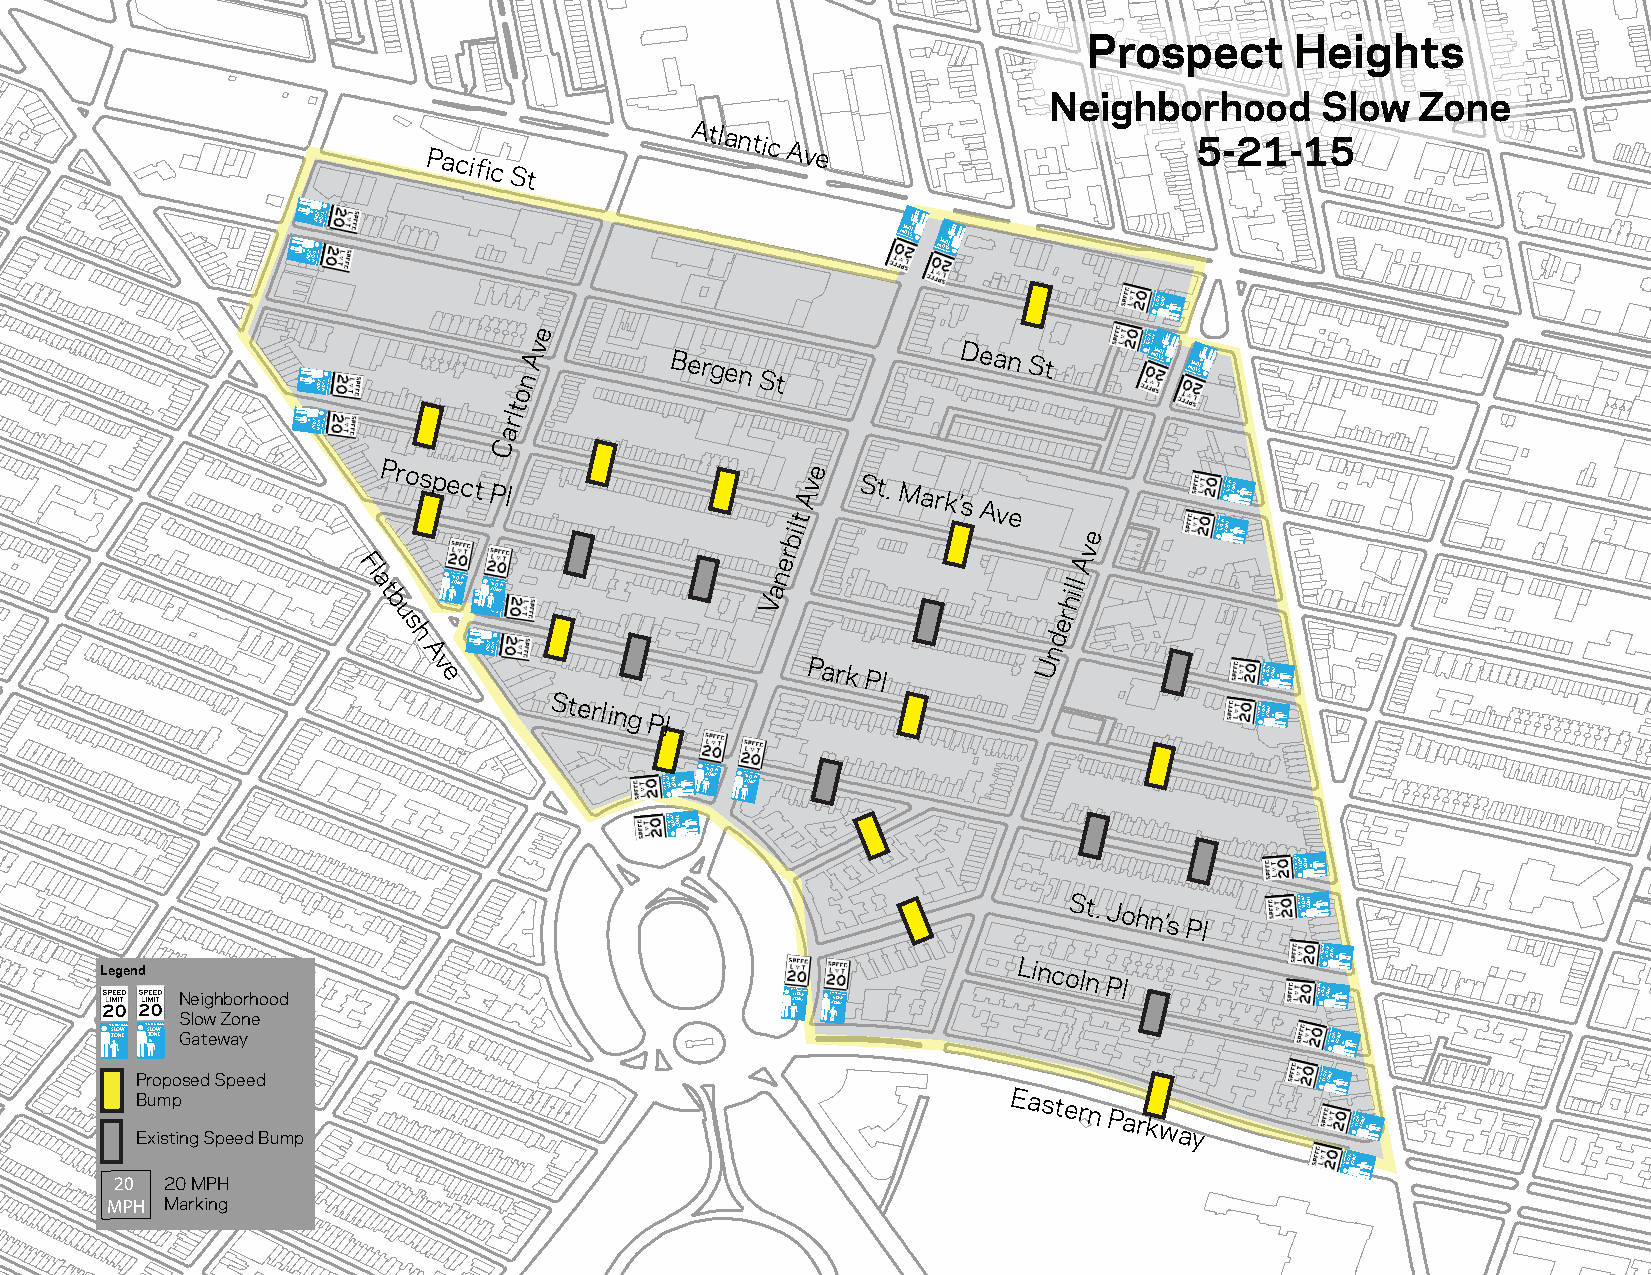
Prospect      Heights
 Neighborhood      Slow   Zone
 Pacific
 St
 Atlantic
 Ave
 5-21-15
 ENOZ
 WOLSENO DZ OOHROBHGIENWOLS DOOHROBHGIEN
 DOOWHE ROON BHLO GISEZ
 N DOOWHE ROON BHLO GISEZ
 N
 NEIGHBORHOO SD LOW ZONE
 ENOZ WOLS DOOHROBHGIEN ton
 Ave      Bergen
 St
 Dean St      NEIGHBORHOO SD LO DW OOWZO HN EE ROON BHLO GISEZ N DOOWHE ROON BHLO GISEZ
 N
 ENOZ WOLS DOOHROBHGIEN
 Carl
 Prospect
 Pl
 Tompkins
 bilt
 Ave
 St. Mark’s
 Ave
 e
 NEIGHBORHOOD
 SLOWNEIGHB ZORH OOO ND ESLOW ZONE
 r                  v
 Fl
 a t
 b
 u
 s
 N ZSE OILGHONBOWR EHOOD EN Z NOS ZE OILGH WO OLN SBOWR E DOOH HROBHGIEO NOD
 Square Park Vane
 erhill
 A
 h
 A
 v e
 ENOZ WOLS DOOHROBHGIEN
 Park Pl
 Und
 NEIGHBORHOOD SLOW ZONE
 Sterling
 Pl
 NEIGHBORHOOD SLOW ZONE
 DOOHROBHGIENWOLSENOZ N ZSE OILGHONBOWR EHOOD N ZSE OILGHONBOWR EHOOD
 DOOHROBHGIENWOLSENOZ
 DOOHROBHGIENWOLSENOZ
 St.
 John’s
 Pl
 DOOHROBHGIENWOLSENOZ
 Legend
 Neighborhood                            N ZSEIG OLHOB NORWEHOOD N ZSEIG OLHOB NORWEHOOD
 Lincoln
 Pl            NEIGHBORHOOD
 SLONEIG
 WHBORHOOD SLOW ZONEZONE
 Slow Zone
 NESZIGLOHBOO NRWH EOOD NESZIGLOHBOO NRWH EOOD Gateway                            NEIGHBORHOO SD LOW ZONE
 Proposed Speed                                                                NEIGHBORHOO SD LOW ZONE
 B Eu xim stp
 ing Speed Bump
 Eastern
 Parkway         NEIGHBORHOO SD LOW ZONE
 NEIGHBORHOO SD LOW ZONE
 20 20 MPH
 MPH Marking